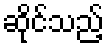
ဆိုင်သည့်